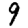
Digit: 9